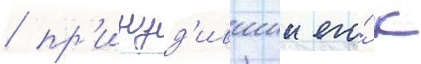
/ пр'инуд'ившии его́ к